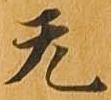
无